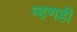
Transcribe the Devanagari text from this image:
म्हणही